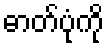
ဓာတ်ပုံကို